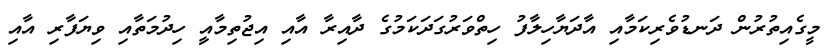
މީގެއިތުރުން ދަނޑުވެރިކަމާއި އާދަޔާހިލާފު ހިތްވަރުގަދަކަމުގެ ދާއިރާ އާއި އިޖުތިމާއިީ ހިދުމަތާއި ވިޔަފާރި އާއި